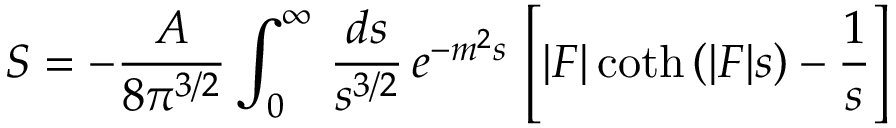
S = - { \frac { \cal A } { 8 \pi ^ { 3 / 2 } } } \int _ { 0 } ^ { \infty } \, { \frac { d s } { s ^ { 3 / 2 } } } \, e ^ { - m ^ { 2 } s } \, \left[ | { \cal F } | \coth \left( | { \cal F } | s \right) - { \frac { 1 } { s } } \right]